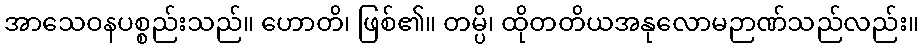
အာသေဝနပစ္စည်းသည်။ ဟောတိ၊ ဖြစ်၏။ တမ္ပိ၊ ထိုတတိယအနုလောမဉာဏ်သည်လည်း။